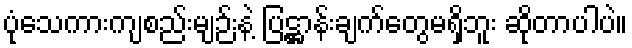
ပုံသေကားကျစည်းမျဉ်းနဲ့ ပြဋ္ဌာန်းချက်တွေမရှိဘူး ဆိုတာပါပဲ။